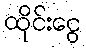
ထိုင်းငွေ